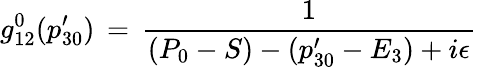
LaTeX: g_{12}^{0}(p_{30}^{\prime})\, =\, {\frac{1}{(P_{0}-S)-(p_{30}^{\prime}-E_{3})+i\epsilon}}